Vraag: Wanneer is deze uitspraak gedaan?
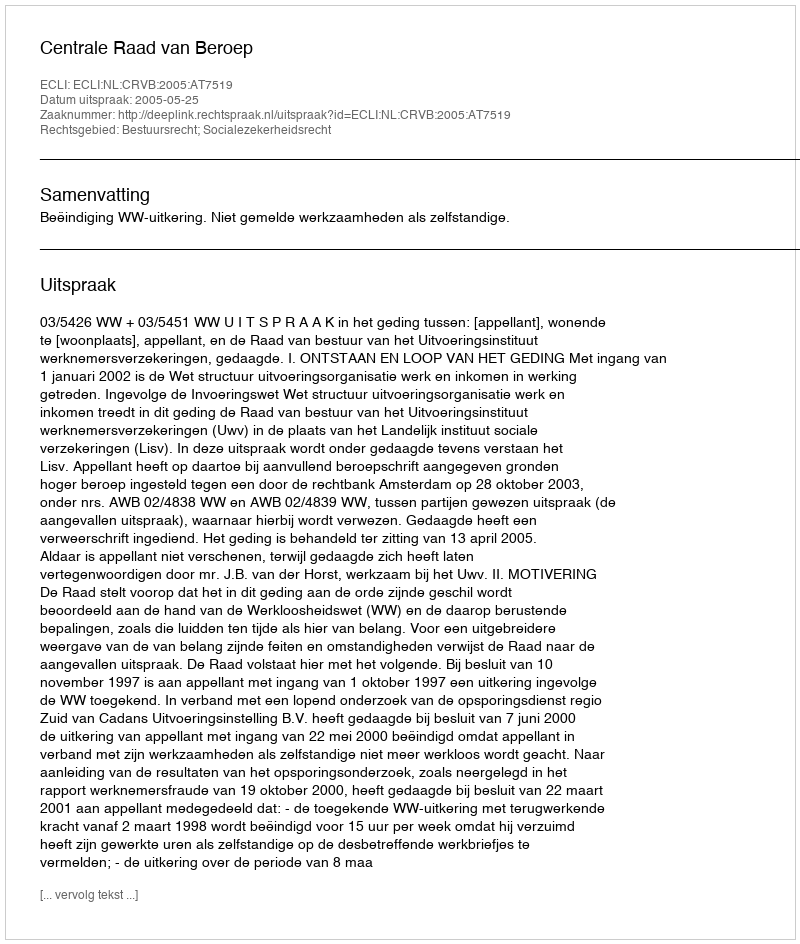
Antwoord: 2005-05-25